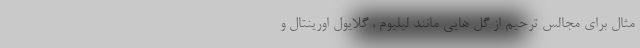
مثال برای مجالس ترحیم از گل هایی مانند لیلیوم ، گلایول اورینتال و